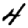
Digit: 4